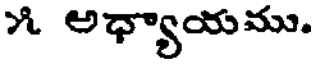
౫ అధ్యాయము.